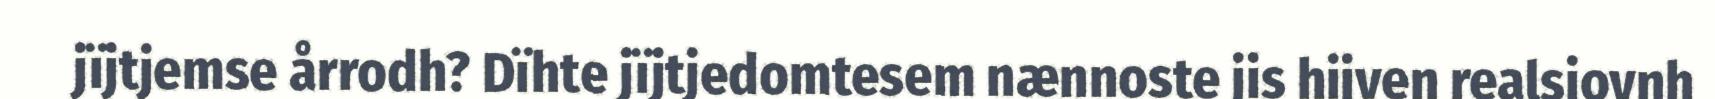
jïjtjemse årrodh? Dïhte jïjtjedomtesem nænnoste jis hijven realsjovnh